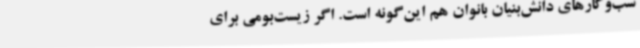
سب‌وکارهای دانش‌بنیان بانوان هم این‌گونه است. اگر زیست‌بومی برای